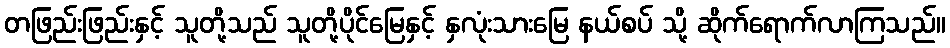
တဖြည်းဖြည်းနှင့် သူတို့သည် သူတို့ပိုင်မြေနှင့် နှလုံးသားမြေ နယ်စပ် သို့ ဆိုက်ရောက်လာကြသည်။